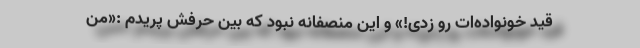
قید خونواده‌ات رو زدی!» و این منصفانه نبود که بین حرفش پریدم :«من